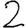
Digit: 2